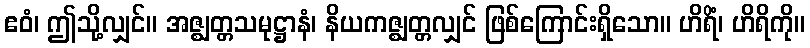
ဧဝံ၊ ဤသို့လျှင်။ အဇ္ဈတ္တသမုဋ္ဌာနံ၊ နိယကဇ္ဈတ္တလျှင် ဖြစ်ကြောင်းရှိသော။ ဟိရိံ၊ ဟိရိကို။